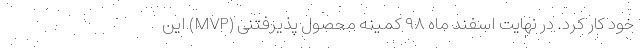
خود کار کرد. در نهایت اسفند ماه ۹۸ کمینه محصول پذیرفتنی (MVP) این